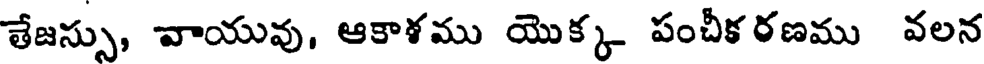
తేజస్సు, వాయువు, ఆకాళము యొక్క పంచీక రణము వలన